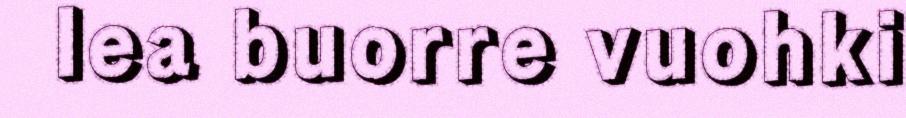
lea buorre vuohki